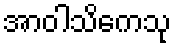
အာဝါသိကေသု